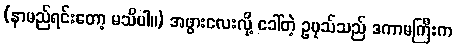
(နာမည်ရင်းတော့ မသိပါ။) အဖွားလေးလို့ ခေါ်တဲ့ ဥပုသ်သည် ဒကာမကြီးက